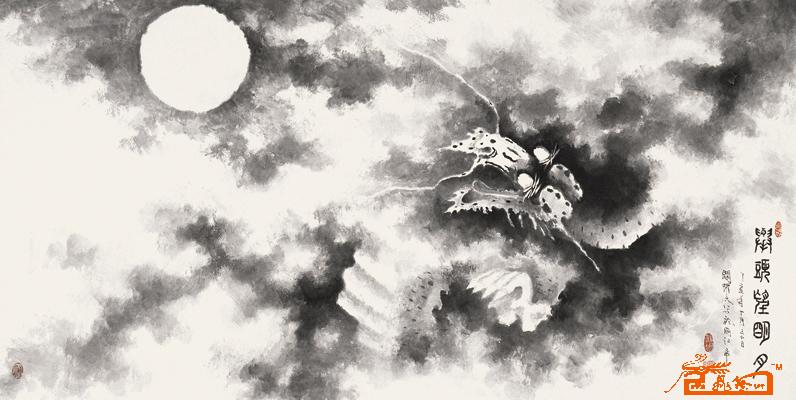
而今灯漫挂。不是暗尘明月，那时元夜。